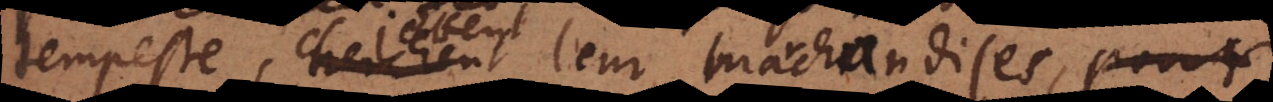
tempeste, jettent leur marchandises